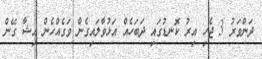
ދަންވަރު 3 ޖެހި އިރު ކޮނޑުގައި ދަބަހެއް އަޅުވާލައިގެން ވަގެއްހެން އިޝާ ގޭން